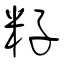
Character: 籽